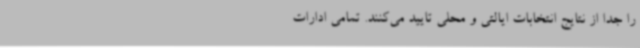
را جدا از نتایج انتخابات ایالتی و محلی تایید می‌کنند. تمامی ادارات